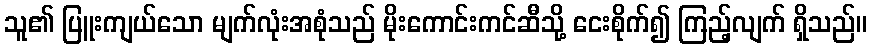
သူ၏ ပြူးကျယ်သော မျက်လုံးအစုံသည် မိုးကောင်းကင်ဆီသို့ ငေးစိုက်၍ ကြည့်လျက် ရှိသည်။